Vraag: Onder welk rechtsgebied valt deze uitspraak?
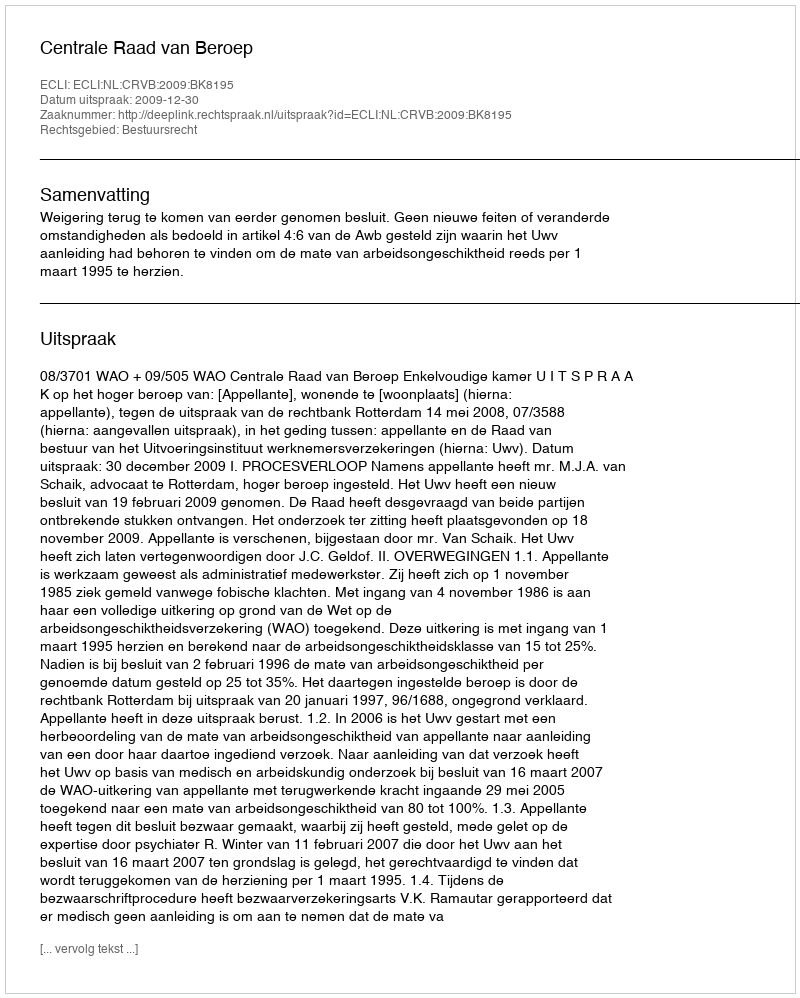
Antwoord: Bestuursrecht